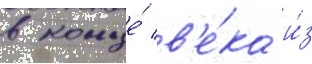
в конце́ в'е́ка и́з